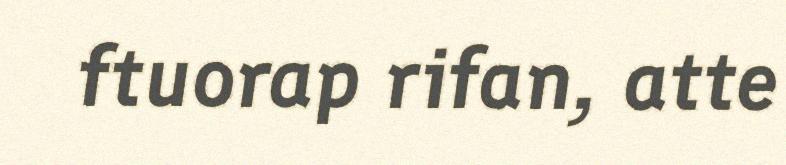
ftuorap rifan, atte